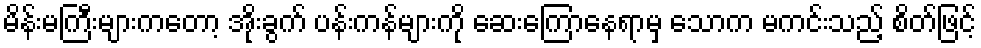
မိန်းမကြီးများကတော့ အိုးခွက် ပန်းကန်များကို ဆေးကြောနေရာမှ သောက မကင်းသည့် စိတ်ဖြင့်